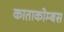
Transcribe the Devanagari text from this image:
काताकोम्बस